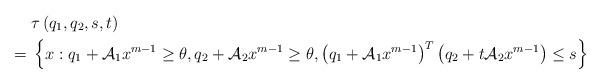
LaTeX: \begin{align*} {} & \tau\left ( q_{1}, q_{2}, s, t \right ) \\={} & \left \{ x:q_{1}+\mathcal{A}_{1} x^{m-1} \ge\theta,q_{2}+\mathcal{A}_{2} x^{m-1} \ge\theta , \left (q_{1}+\mathcal{A}_{1} x^{m-1} \right )^{T} \left (q_{2}+t\mathcal{A}_{2} x^{m-1} \right )\le s\right \}\end{align*}